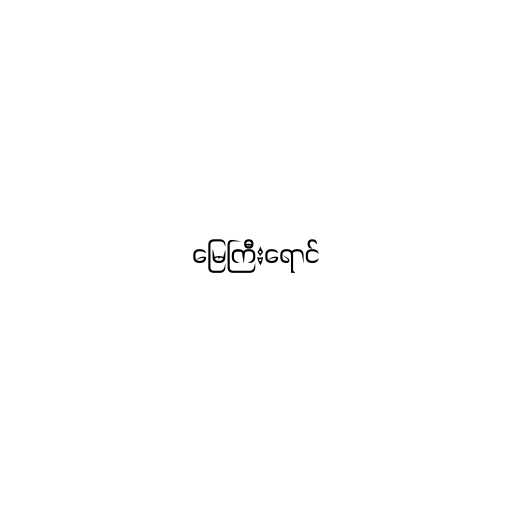
မြေကြီးရောင်